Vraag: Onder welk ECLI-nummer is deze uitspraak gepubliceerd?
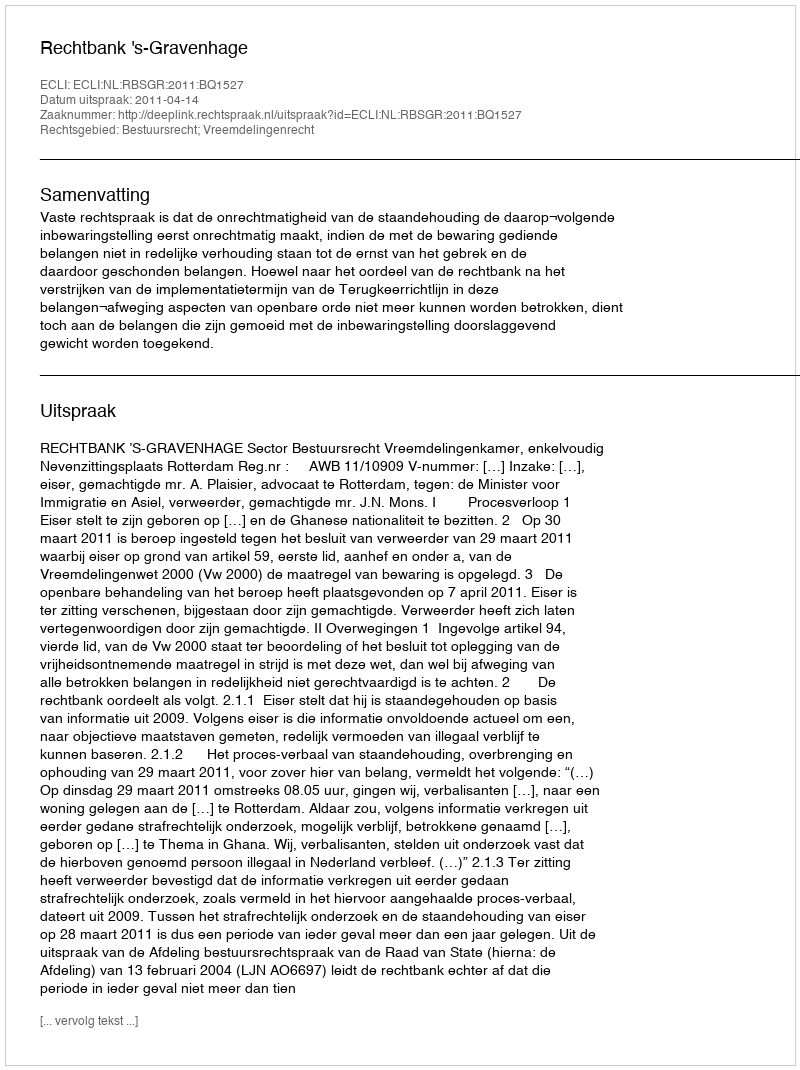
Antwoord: ECLI:NL:RBSGR:2011:BQ1527